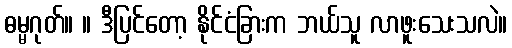
ဓမ္မဂုတ်။ ။ ဒီပြင်တော့ နိုင်ငံခြားက ဘယ်သူ လာဖူးသေးသလဲ။